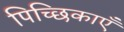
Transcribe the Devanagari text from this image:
पिच्छिकाएँ